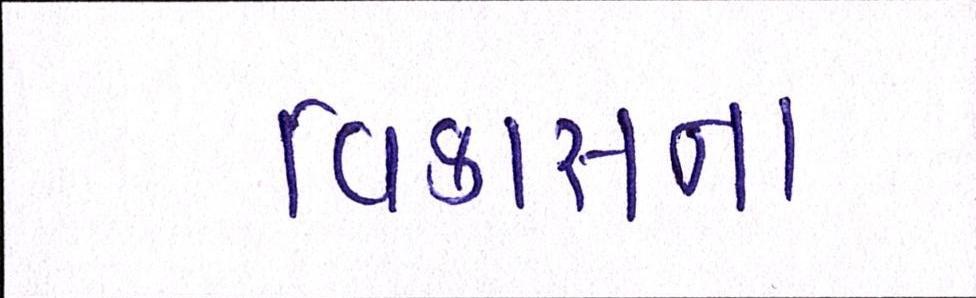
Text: વિકાસના